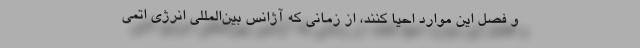
و فصل این موارد احیا کنند، از زمانی که آژانس بین‌المللی انرژی اتمی